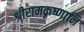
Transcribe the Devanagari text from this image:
श्रीरामकृष्णानि